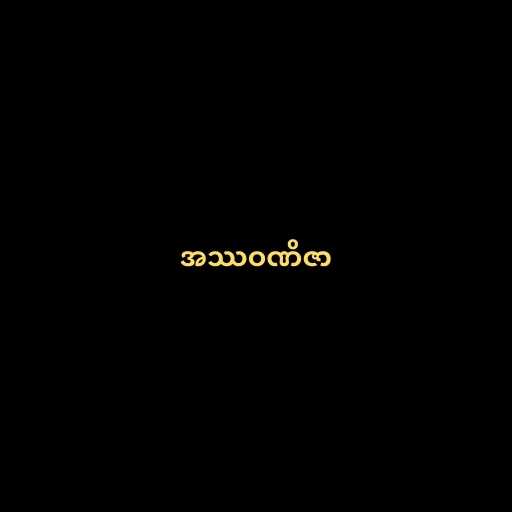
အဿဝဏိဇာ